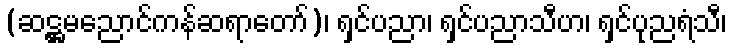
(ဆဋ္ဌမညောင်ကန်ဆရာတော်)၊ ရှင်ပညာ၊ ရှင်ပညာသီဟ၊ ရှင်ပုညရံသီ၊